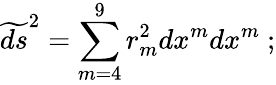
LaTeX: \widetilde{ds}^{2}=\sum_{m=4}^{9}r_{m}^{2}dx^{m}dx^{m}\ ;